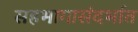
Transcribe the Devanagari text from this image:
सहभागासंदर्भात